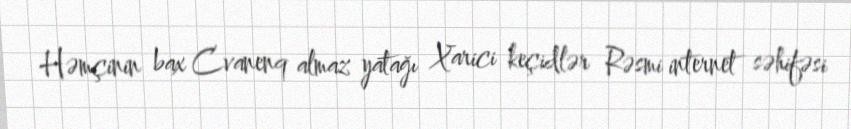
Həmçinin bax Cvanenq almaz yatağı Xarici keçidlər Rəsmi internet səhifəsi